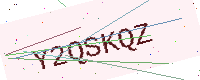
Text: Y2QSKQZ